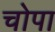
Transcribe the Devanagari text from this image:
चोपा